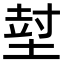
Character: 𡎃